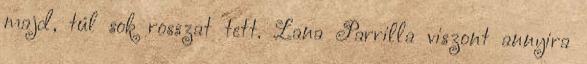
majd, túl sok rosszat tett. Lana Parrilla viszont annyira